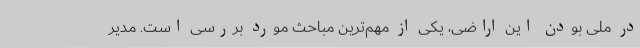
در ملی بودن این اراضی، یکی از مهم‌ترین مباحث مورد بررسی است. مدیر